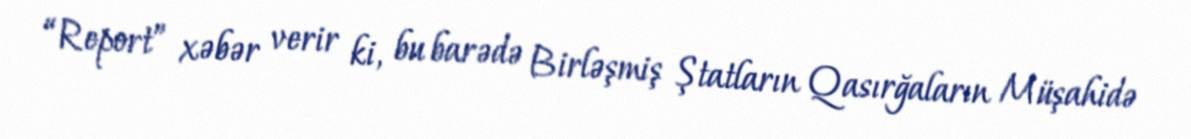
“Report” xəbər verir ki, bu barədə Birləşmiş Ştatların Qasırğaların Müşahidə